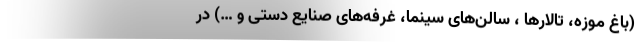
(باغ موزه، تالارها ، سالن‌های سینما، غرفه‌های صنایع دستی و …) در